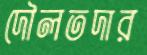
দৌলতদার